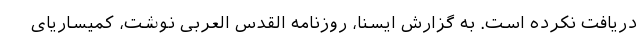
دریافت نکرده است. به گزارش ایسنا، روزنامه القدس العربی نوشت، کمیساریای